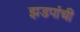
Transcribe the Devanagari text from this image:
झडपांची